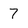
Character: 7